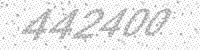
Solution: 442400